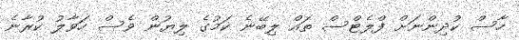
ހާސް ކުދިންނަށް ފްލެޓްސް ތައް ލިބޭނެ ކަމުގެ ލިޔުން ވެސް ހަވާލު ކުރާނެ